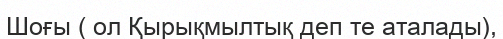
Шоғы ( ол Қырықмылтық деп те аталады),